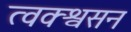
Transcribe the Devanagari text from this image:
त्वक्श्वसन